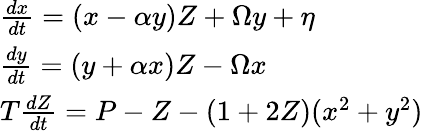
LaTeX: \begin{array}{l}{\frac{dx}{dt}=(x-\alpha y)Z+\Omega y+\eta}\\ {\frac{dy}{dt}=(y+\alpha x)Z-\Omega x}\\ {T\frac{dZ}{dt}=P-Z-(1+2Z)(x^{2}+y^{2})}\end{array}